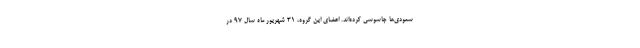
سعودی‌ها جاسوسی کرده‌اند. اعضای این گروه، ۳۱ شهریور ماه سال ۹۷ در